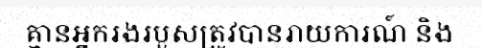
គ្មានអ្នករងរបួសត្រូវបានរាយការណ៍ និង